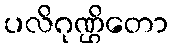
ပလိဂုဏ္ဌိတော